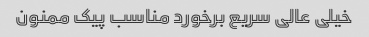
خیلی عالی سریع برخورد مناسب پیک ممنون